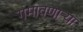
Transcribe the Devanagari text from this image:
गमावणार्‍या